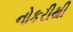
નોકરીથી